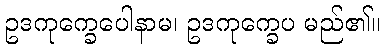
ဥဒကုက္ခေပေါနာမ၊ ဥဒကုက္ခေပ မည်၏။